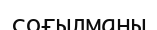
соғылманы